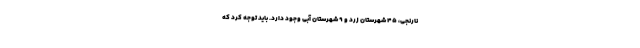
نارنجی، ۴۵ شهرستان زرد و ۹ شهرستان آبی وجود دارد. باید توجه کرد که